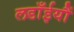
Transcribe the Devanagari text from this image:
लडाँईयौं